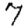
Digit: 7